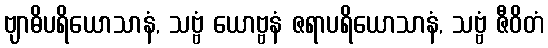
ဗျာဓိပရိယောသာနံ, သဗ္ဗံ ယောဗ္ဗနံ ဇရာပရိယောသာနံ, သဗ္ဗံ ဇီဝိတံ